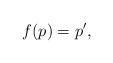
LaTeX: \begin{align*}f(p)=p',\end{align*}